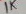
Text: 1K